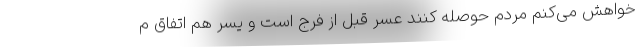
خواهش می‌کنم مردم حوصله کنند عُسر قبل از فرج است و یسر هم اتفاق م